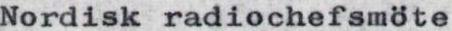
Nordisk radiochefsmöte